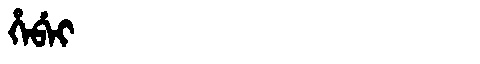
Manchu: ᡥᡝᠪᡝᡳ
Romanization: HEBEI